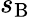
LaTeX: s_{\mathrm{B}}